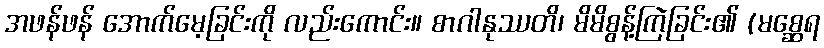
အဖန်ဖန် အောက်မေ့ခြင်းကို လည်းကောင်း။ စာဂါနုဿတိ၊ မိမိစွန့်ကြဲခြင်း၏ (မစ္ဆေရ